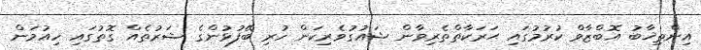
އިންތިޚާބު އޮބްޒާވް ކުރުމުގައި ޙަރަކާތްތެރިވާން ޝައުގުވެރިކަން ހުރި ބޭފުޅުންގެ ޝަރުތެއް ގޮތުގައި ހިއުމަން